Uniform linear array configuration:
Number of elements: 12
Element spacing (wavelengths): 1
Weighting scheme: cosine
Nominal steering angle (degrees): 45
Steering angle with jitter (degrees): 44.347
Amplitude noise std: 0.05
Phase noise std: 0.05

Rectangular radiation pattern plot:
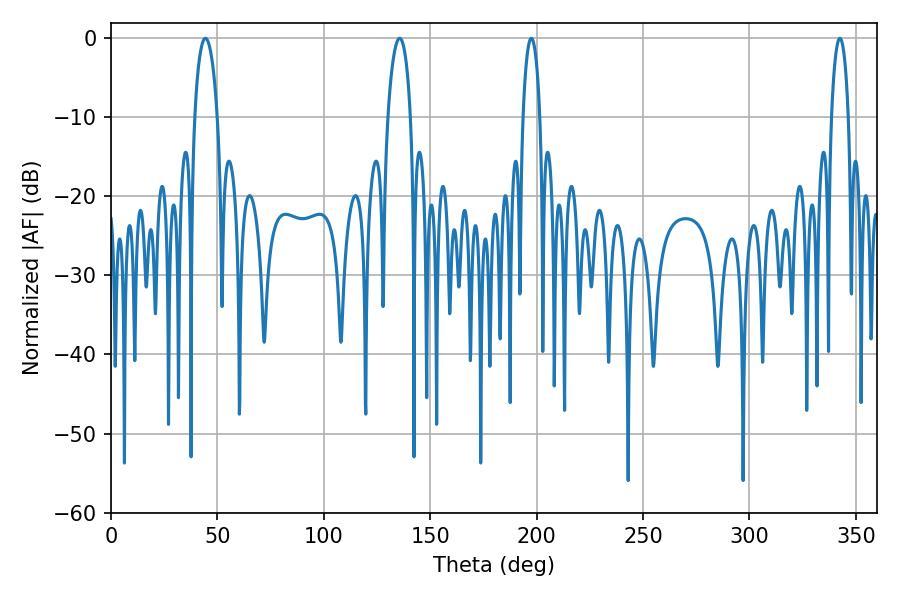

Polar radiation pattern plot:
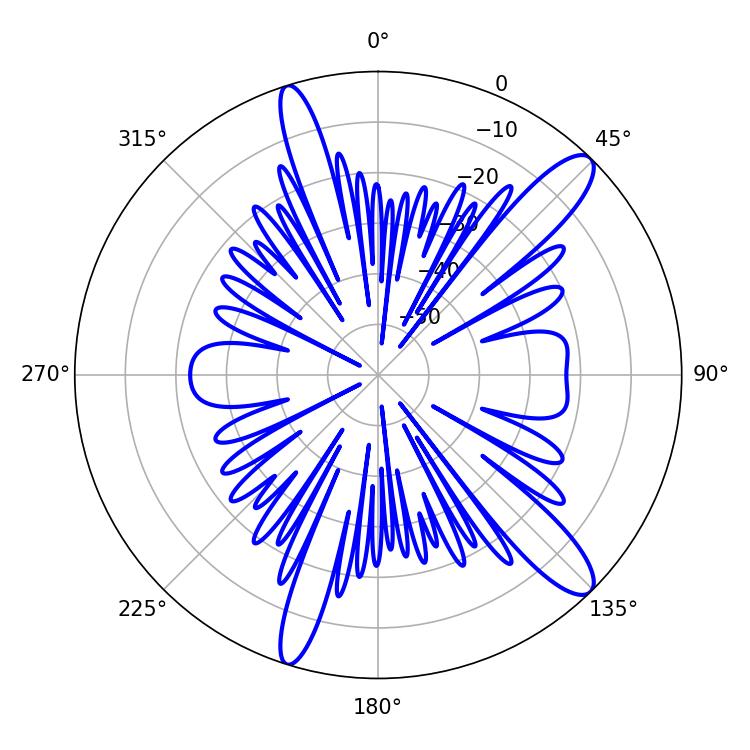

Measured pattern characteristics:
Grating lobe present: TRUE
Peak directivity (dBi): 12.578
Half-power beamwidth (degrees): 4.5
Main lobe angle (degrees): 197.46